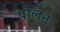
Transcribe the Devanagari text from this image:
पोलन